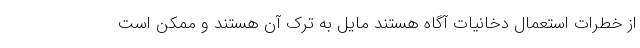
از خطرات استعمال دخانیات آگاه هستند مایل به ترک آن هستند و ممکن است